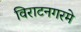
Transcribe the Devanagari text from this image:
विराटनगरमे